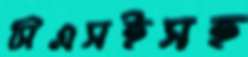
সিএসইসহ